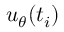
{ u _ { \theta } } ( t _ { i } )